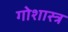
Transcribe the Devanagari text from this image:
गोशास्त्र